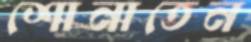
শোনাতেন